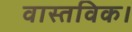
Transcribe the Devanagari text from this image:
वास्तविक।